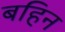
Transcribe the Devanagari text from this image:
बहिन